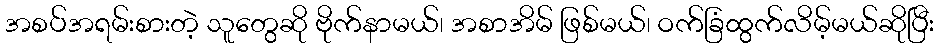
အစပ်အရမ်းစားတဲ့ သူတွေဆို ဗိုက်နာမယ်၊ အစာအိမ် ဖြစ်မယ်၊ ဝက်ခြံထွက်လိမ့်မယ်ဆိုပြီး